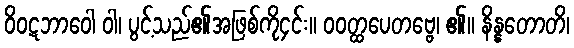
ဝိဝဋဘာဝေါ ဝါ၊ ပွင့်သည်၏အဖြစ်ကို၄င်း။ ဝဝတ္ထပေတဗ္ဗေ၊ ၏။ နိန္နတောတိ၊